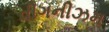
વીગનીઝમ